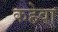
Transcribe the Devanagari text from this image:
कहेवा